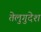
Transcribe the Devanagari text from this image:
तेलुगुदेश